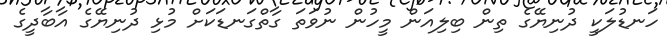
ހަނޑުލަކީ ދުނިޔޭގެ ތިން ބިލިއަން މީހުން ނުވަތަ ގާތްގަނޑަކަށް މުޅި ދުނިޔޭގެ އާބާދީގެ